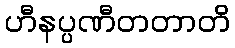
ဟီနပ္ပဏီတတာတိ